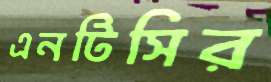
এনটিসির